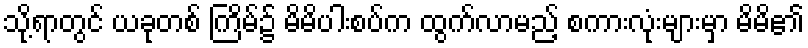
သို့ရာတွင် ယခုတစ် ကြိမ်၌ မိမိပါးစပ်က ထွက်လာမည့် စကားလုံးများမှာ မိမိ၏